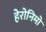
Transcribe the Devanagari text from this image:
हेरोनिमो